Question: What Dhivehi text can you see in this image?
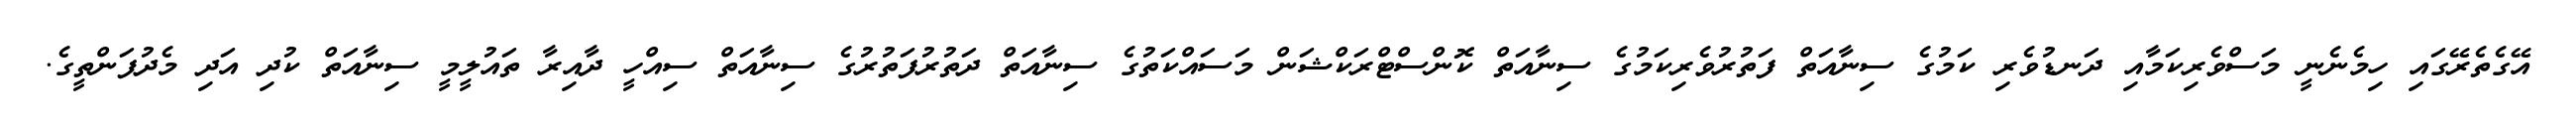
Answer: އޭގެތެރޭގައި ހިމެނެނީ މަސްވެރިކަމާއި ދަނޑުވެރި ކަމުގެ ސިނާއަތް ފަތުރުވެރިކަމުގެ ސިނާއަތް ކޮންސްޓްރަކްޝަން މަސައްކަތުގެ ސިނާއަތް ދަތުރުފަތުރުގެ ސިނާއަތް ސިއްހީ ދާއިރާ ތައުލީމީ ސިނާއަތް ކުދި އަދި މެދުފަންތީގެ.